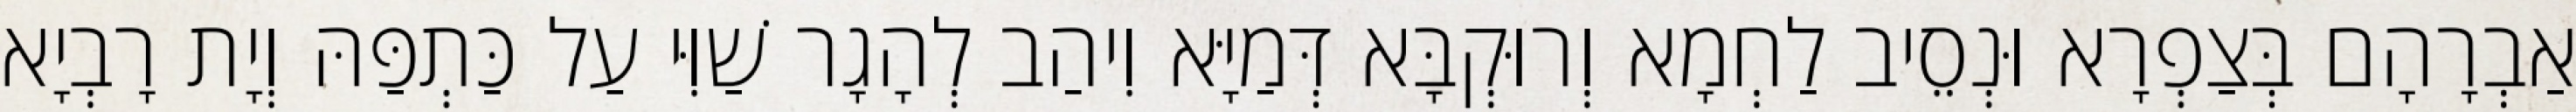
אַבְרָהָם בְּצַפְרָא וּנְסֵיב לַחְמָא וְרוּקְבָּא דְּמַיָּא וִיהַב לְהָגָר שַׁוִּי עַל כַּתְפַּהּ וְיָת רָבְיָא